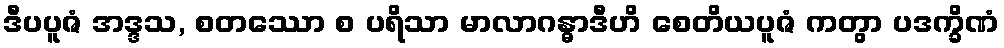
ဒီပပူဇံ အဒ္ဒသ, စတဿော စ ပရိသာ မာလာဂန္ဓာဒီဟိ စေတိယပူဇံ ကတွာ ပဒက္ခိဏံ